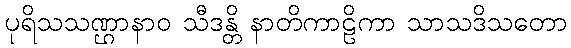
ပုရိသသဏ္ဌာနာဝ သီဒန္တိ နာတိကာဠိကာ သာသဒိသတော